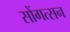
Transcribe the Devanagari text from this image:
सोंगत्सन